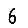
Digit: 6